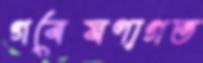
গবেষণাগত